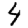
Digit: 4